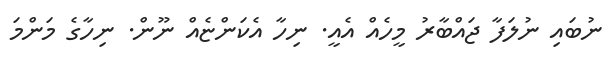
ނުބައި ނުލަފާ ޖައްބާރު މީހެއް އެއީ. ނިހާ އެކަންޏެއް ނޫން. ނިހާގެ މަންމަ